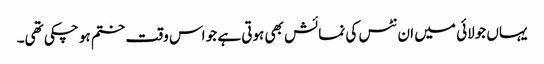
یہاں جولائی میں ان نٹس کی نمائش بھی ہوتی ہے جو اس وقت ختم ہو چکی تھی۔